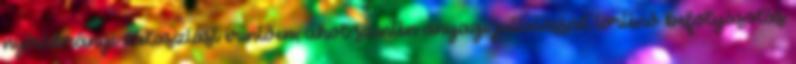
nyírábrányi választást érintően, ahol szintén anyagi juttatással történő befolyásolás